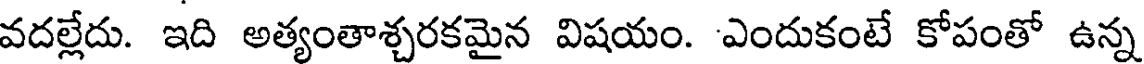
వదల్లేదు. ఇది అత్యంతాశ్చరకమైన విషయం. ఎందుకంటే కోపంతో ఉన్న